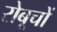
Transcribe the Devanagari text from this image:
रोबूचों